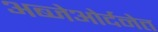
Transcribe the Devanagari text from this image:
अब्जेओर्दनेत